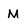
Character: M